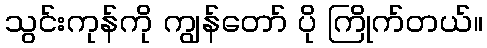
သွင်းကုန်ကို ကျွန်တော် ပို ကြိုက်တယ်။